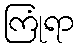
ကြုံရာ